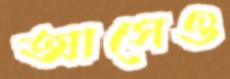
আসেও